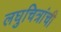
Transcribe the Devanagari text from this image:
लघुचित्रांची